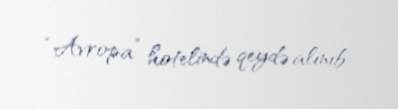
“Avropa” hotelində qeydə alınıb.